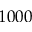
1 0 0 0